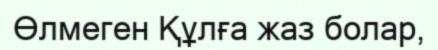
Өлмеген Құлға жаз болар,